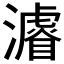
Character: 𱩳